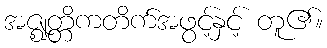
အဇ္ဈတ္တိကတိက်အဖွင့်နှင့် တူ၏။